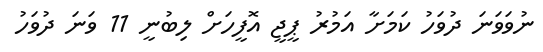
ނުވަވަނަ ދުވަހު ކަމަށާ އަމުރު ޕީޖީ އޮފީހަށް ލިބުނީ 11 ވަަނަ ދުވަހު